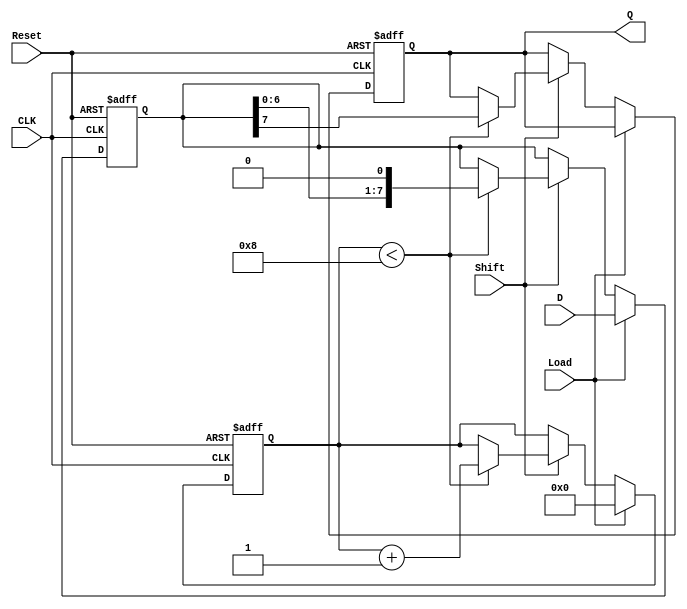
module PISO_Register #(
    parameter n = 8  // Width of the input data
)(
    input wire [n-1:0] D,      // Parallel data input
    input wire Load,           // Load signal
    input wire Shift,          // Shift signal
    input wire CLK,            // Clock signal
    input wire Reset,          // Asynchronous reset signal
    output reg Q               // Serial output
);

    reg [n-1:0] shift_reg;     // Internal shift register
    reg [3:0] count;           // Counter for shifted bits (optional)

    always @(posedge CLK or posedge Reset) begin
        if (Reset) begin
            shift_reg <= {n{1'b0}}; // Clear the shift register
            Q <= 1'b0;              // Clear the output
            count <= 4'b0;          // Reset the counter
        end else begin
            if (Load) begin
                shift_reg <= D;     // Load parallel data into the shift register
                count <= 4'b0;      // Reset the counter when loading
            end else if (Shift) begin
                if (count < n) begin
                    Q <= shift_reg[n-1]; // Output the MSB
                    shift_reg <= {shift_reg[n-2:0], 1'b0}; // Shift left
                    count <= count + 1; // Increment the counter
                end
            end
        end
    end

endmodule